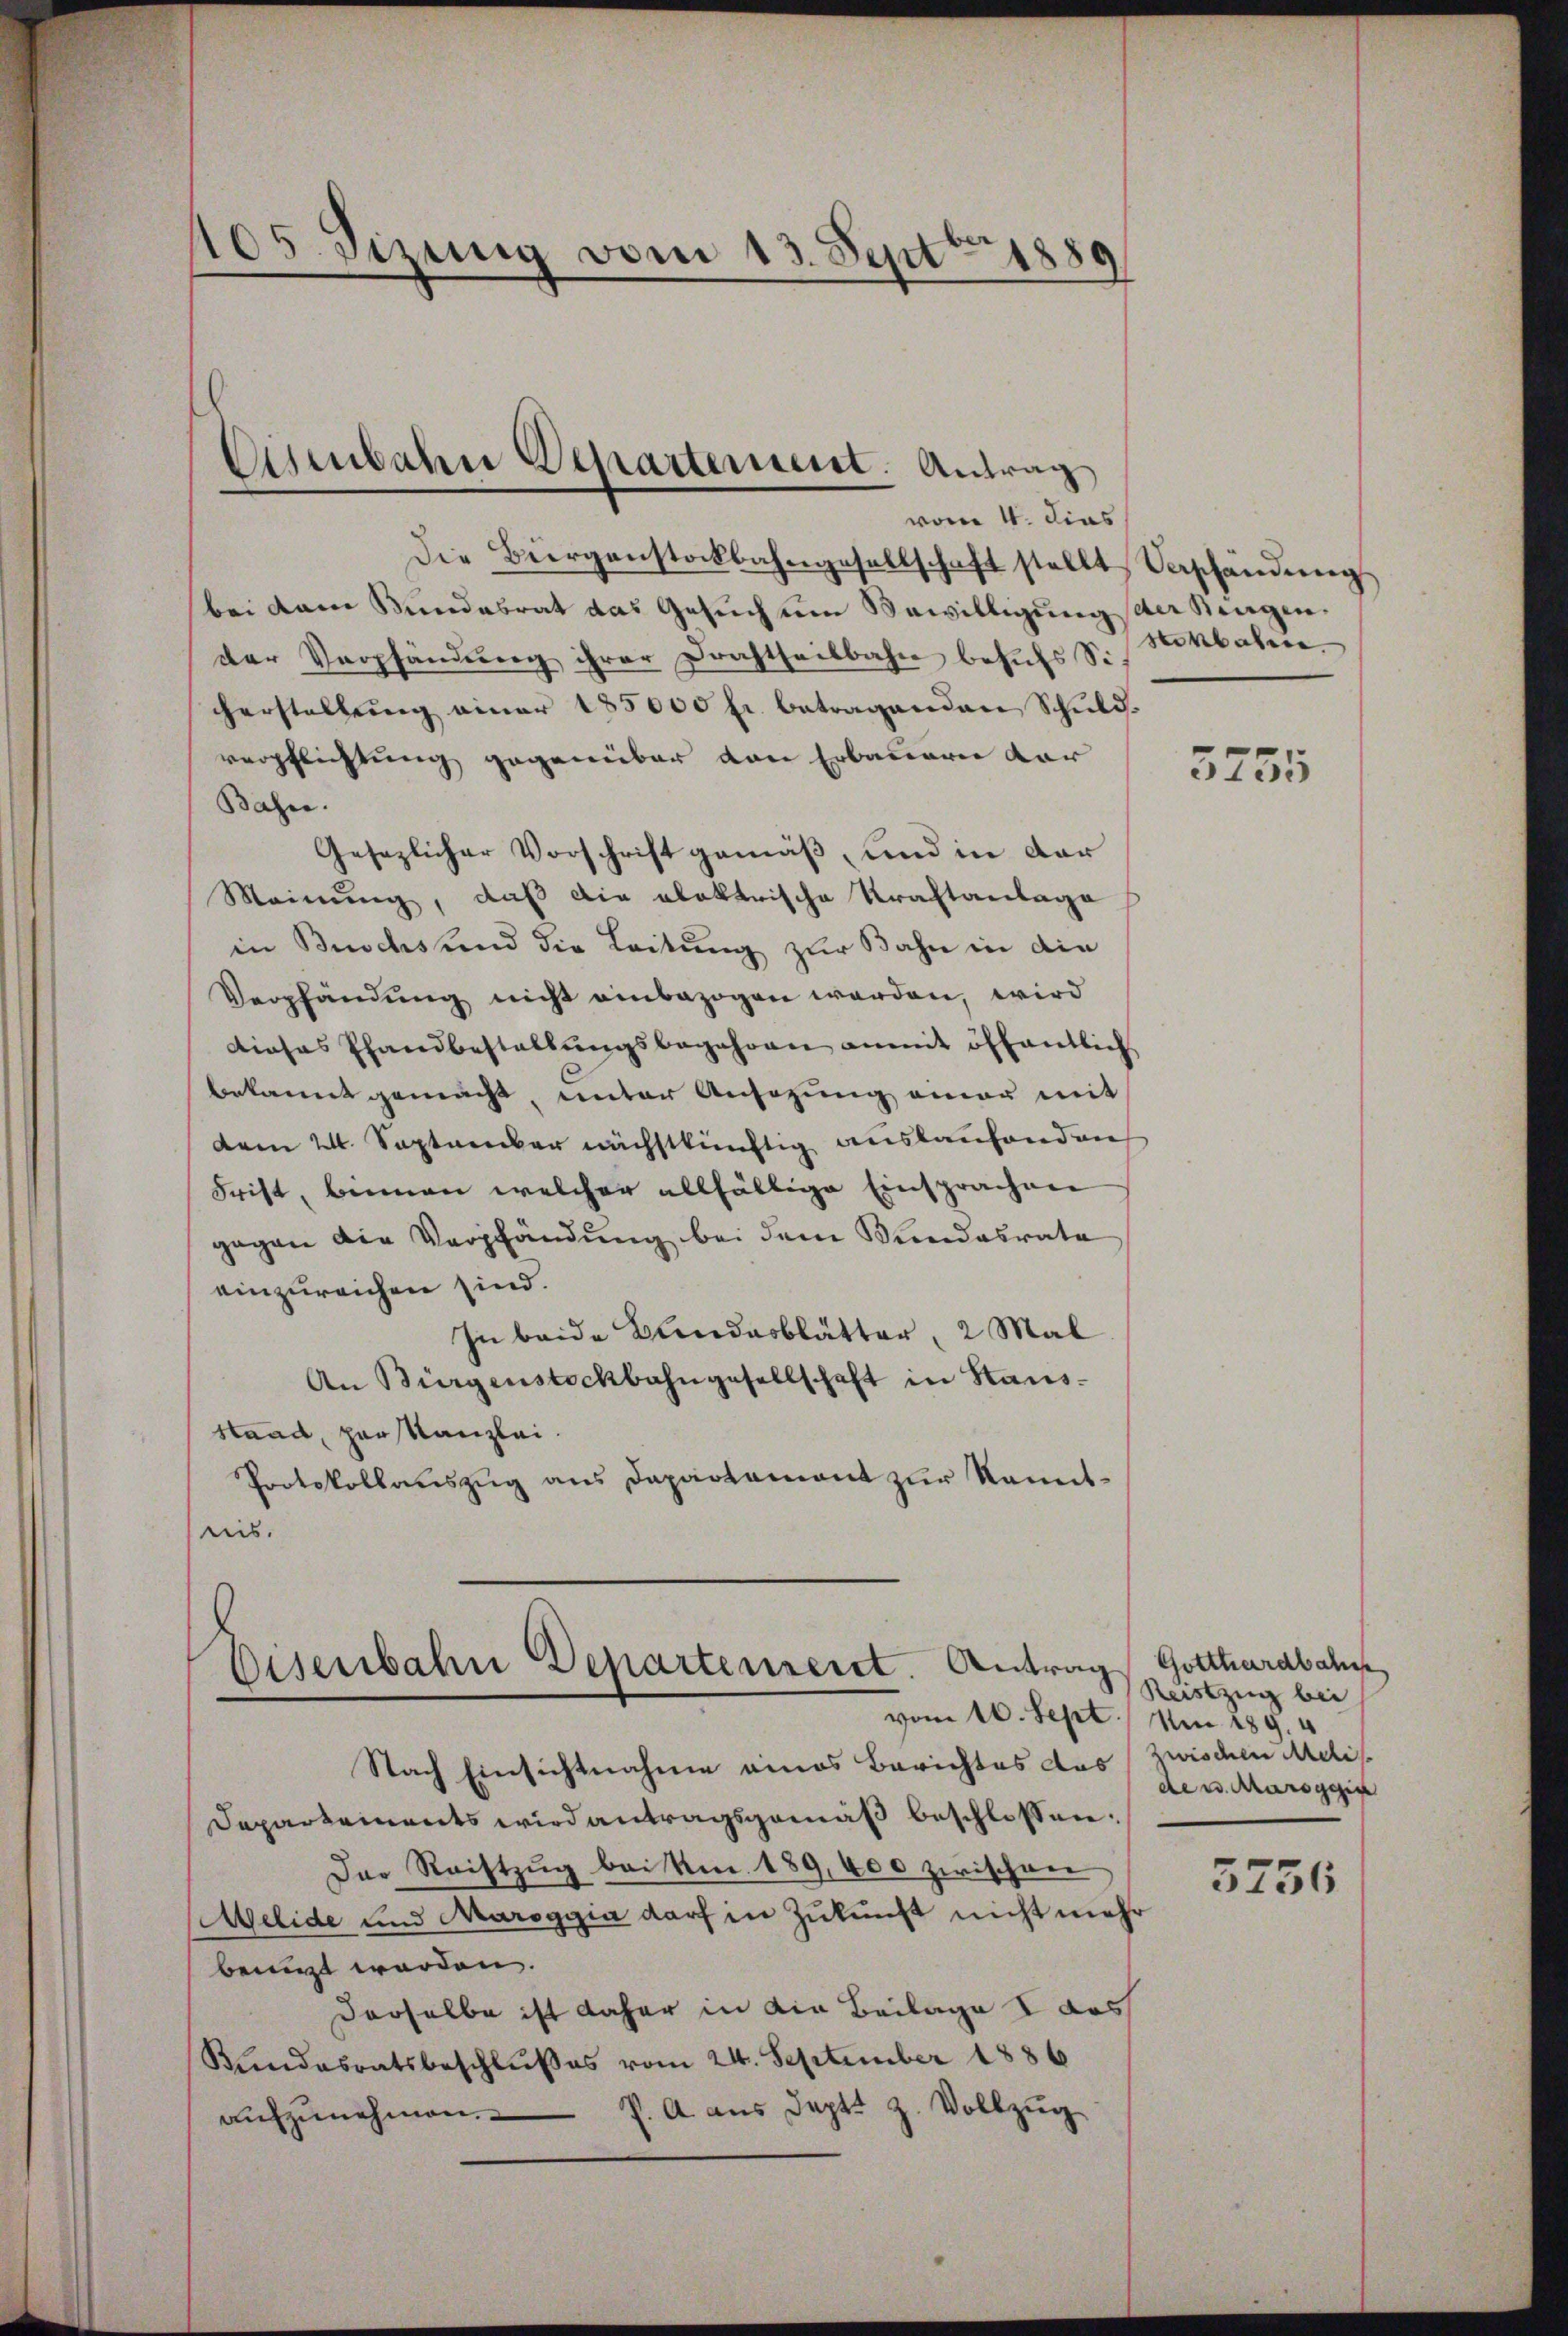
105. Sizung vom 13. Sept. 1889

Asenbahn Departement. Antrag
vom 4. dies

Die Bürgenstockbahngesellschaft stellt Verschändŭng
bei dem Bundesrat das Gesuch um Bewilligung der Kragen.
der Verpfändung ihrer Drahtheilbahn behŭfs Si
cherstellŭng einer 185000 fr. betragenden Schuldverpflichtung gegenüber den Erbauern dar
Bahn.
Gesezlicher Vorschrift gemäß, und in dar
Meinung, daß die elektrische Kraftantage
in Buschsund die Leitung zur Bahn in die
Verpfändung nicht einbezogen werden, wird
dieses Pfandbestellŭngsbegehren anmit öffentlich
bekannt gemacht, unter Ansezung einer mit
dem 24. September nächstkünftig auslaufenden
Frist, binnen welcher allfällige Einsprachen
gegen die Verpfändung bei dem Wundesrate
einzureichen sind.
In beide Bundesblätter, 2 Mal
An Bürgenstockbahngesellschaft in Stausstaad, parskanzlei.
Protokollauszug aus Dapartament zur Komitnis.

Eisenbahn Departement. Antrag Gotthardbahn
vom 10. Sept

serbaren.

Nach Einsichtnahme eines Berichtes das
Departements wird antragsgemäß beschlossen.
Der Reistzug bei Am. 189,400 zwischen
Aelide und Maroggia darf in Zukunft nicht mehr
bringt werden.
derselbe ist daher in die Beilage 1 des
Kundesratsbeschlußes vom 24. September 1886
P. A. aus Sept. Z. Vollzŭg
aufzunehmen.

3755

Reistzug bei
Um 189. 4
zwischen Ardis
de u. Marsggin
5756